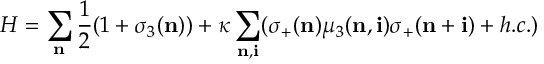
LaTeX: H = \sum _ { \bf n } \frac { 1 } { 2 } ( 1 + \sigma _ { 3 } ( { \bf n } ) ) + \kappa \sum _ { { \bf n } , { \bf i } } ( \sigma _ { + } ( { \bf n } ) \mu _ { 3 } ( { \bf n } , { \bf i } ) \sigma _ { + } ( { \bf n + i } ) + h . c . )